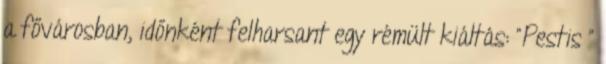
a fővárosban, időnként felharsant egy rémült kiáltás: "Pestis "